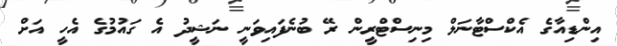
އިންޑިއާގެ އެކްސްޓާނަލް މިނިސްޓްރީން ރޭ ބުނެފައިވަނީ ނަޝީދު އެ ގައުމުގެ އެހީ އަށް